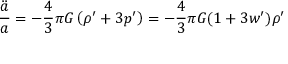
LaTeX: { \frac { \ddot { a } } { a } } = - { \frac { 4 } { 3 } } \pi G \left( \rho ^ { \prime } + 3 p ^ { \prime } \right) = - { \frac { 4 } { 3 } } \pi G ( 1 + 3 w ^ { \prime } ) \rho ^ { \prime }